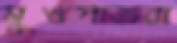
মুখপাত্ররা